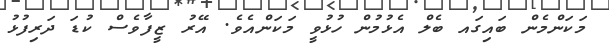
މަކަންމެން ބައިގައ ބެލް އެޅުމުން ހުޅުވީ މަކަންއެވެ. އޭރު ޒީފާވެސް ކުޑަ ދަރިފުޅު